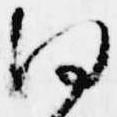
何